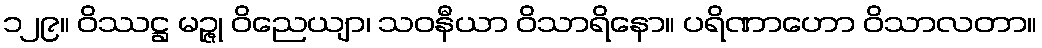
၁၂၉။ ဝိဿဋ္ဌ မဉ္ဇု ဝိညေယျာ၊ သဝနီယာ ဝိသာရိနော။ ပရိဏာဟော ဝိသာလတာ။